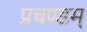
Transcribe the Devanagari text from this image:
प्रचण्डम्